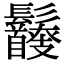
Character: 𩰇